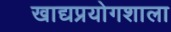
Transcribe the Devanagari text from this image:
खाद्यप्रयोगशाला